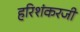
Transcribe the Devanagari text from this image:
हरिशंकरजी